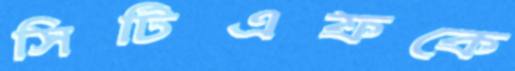
সিটিএফকে